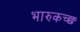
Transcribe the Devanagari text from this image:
भारुकच्छ